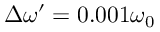
\Delta \omega ^ { \prime } = 0 . 0 0 1 \omega _ { 0 }